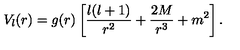
V _ { l } ( r ) = g ( r ) \left[ { \frac { l ( l + 1 ) } { r ^ { 2 } } } + { \frac { 2 M } { r ^ { 3 } } } + m ^ { 2 } \right] .